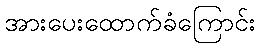
အားပေးထောက်ခံကြောင်း